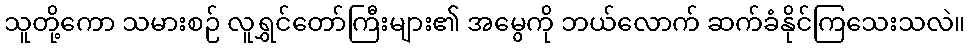
သူတို့ကော သမားစဉ် လူရွှင်တော်ကြီးများ၏ အမွေကို ဘယ်လောက် ဆက်ခံနိုင်ကြသေးသလဲ။